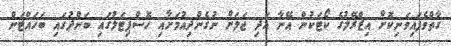
ގާތްވެފައިވަނިކޮށް އިޒްރޭލުގެ ކޯޓަކުން އޭނާ އަދި ޖަލަށް ނުގެންދިއުމަށާއި ހޮސްޕިޓަލުގައި ބަންދުގައި ބަހައްޓަން